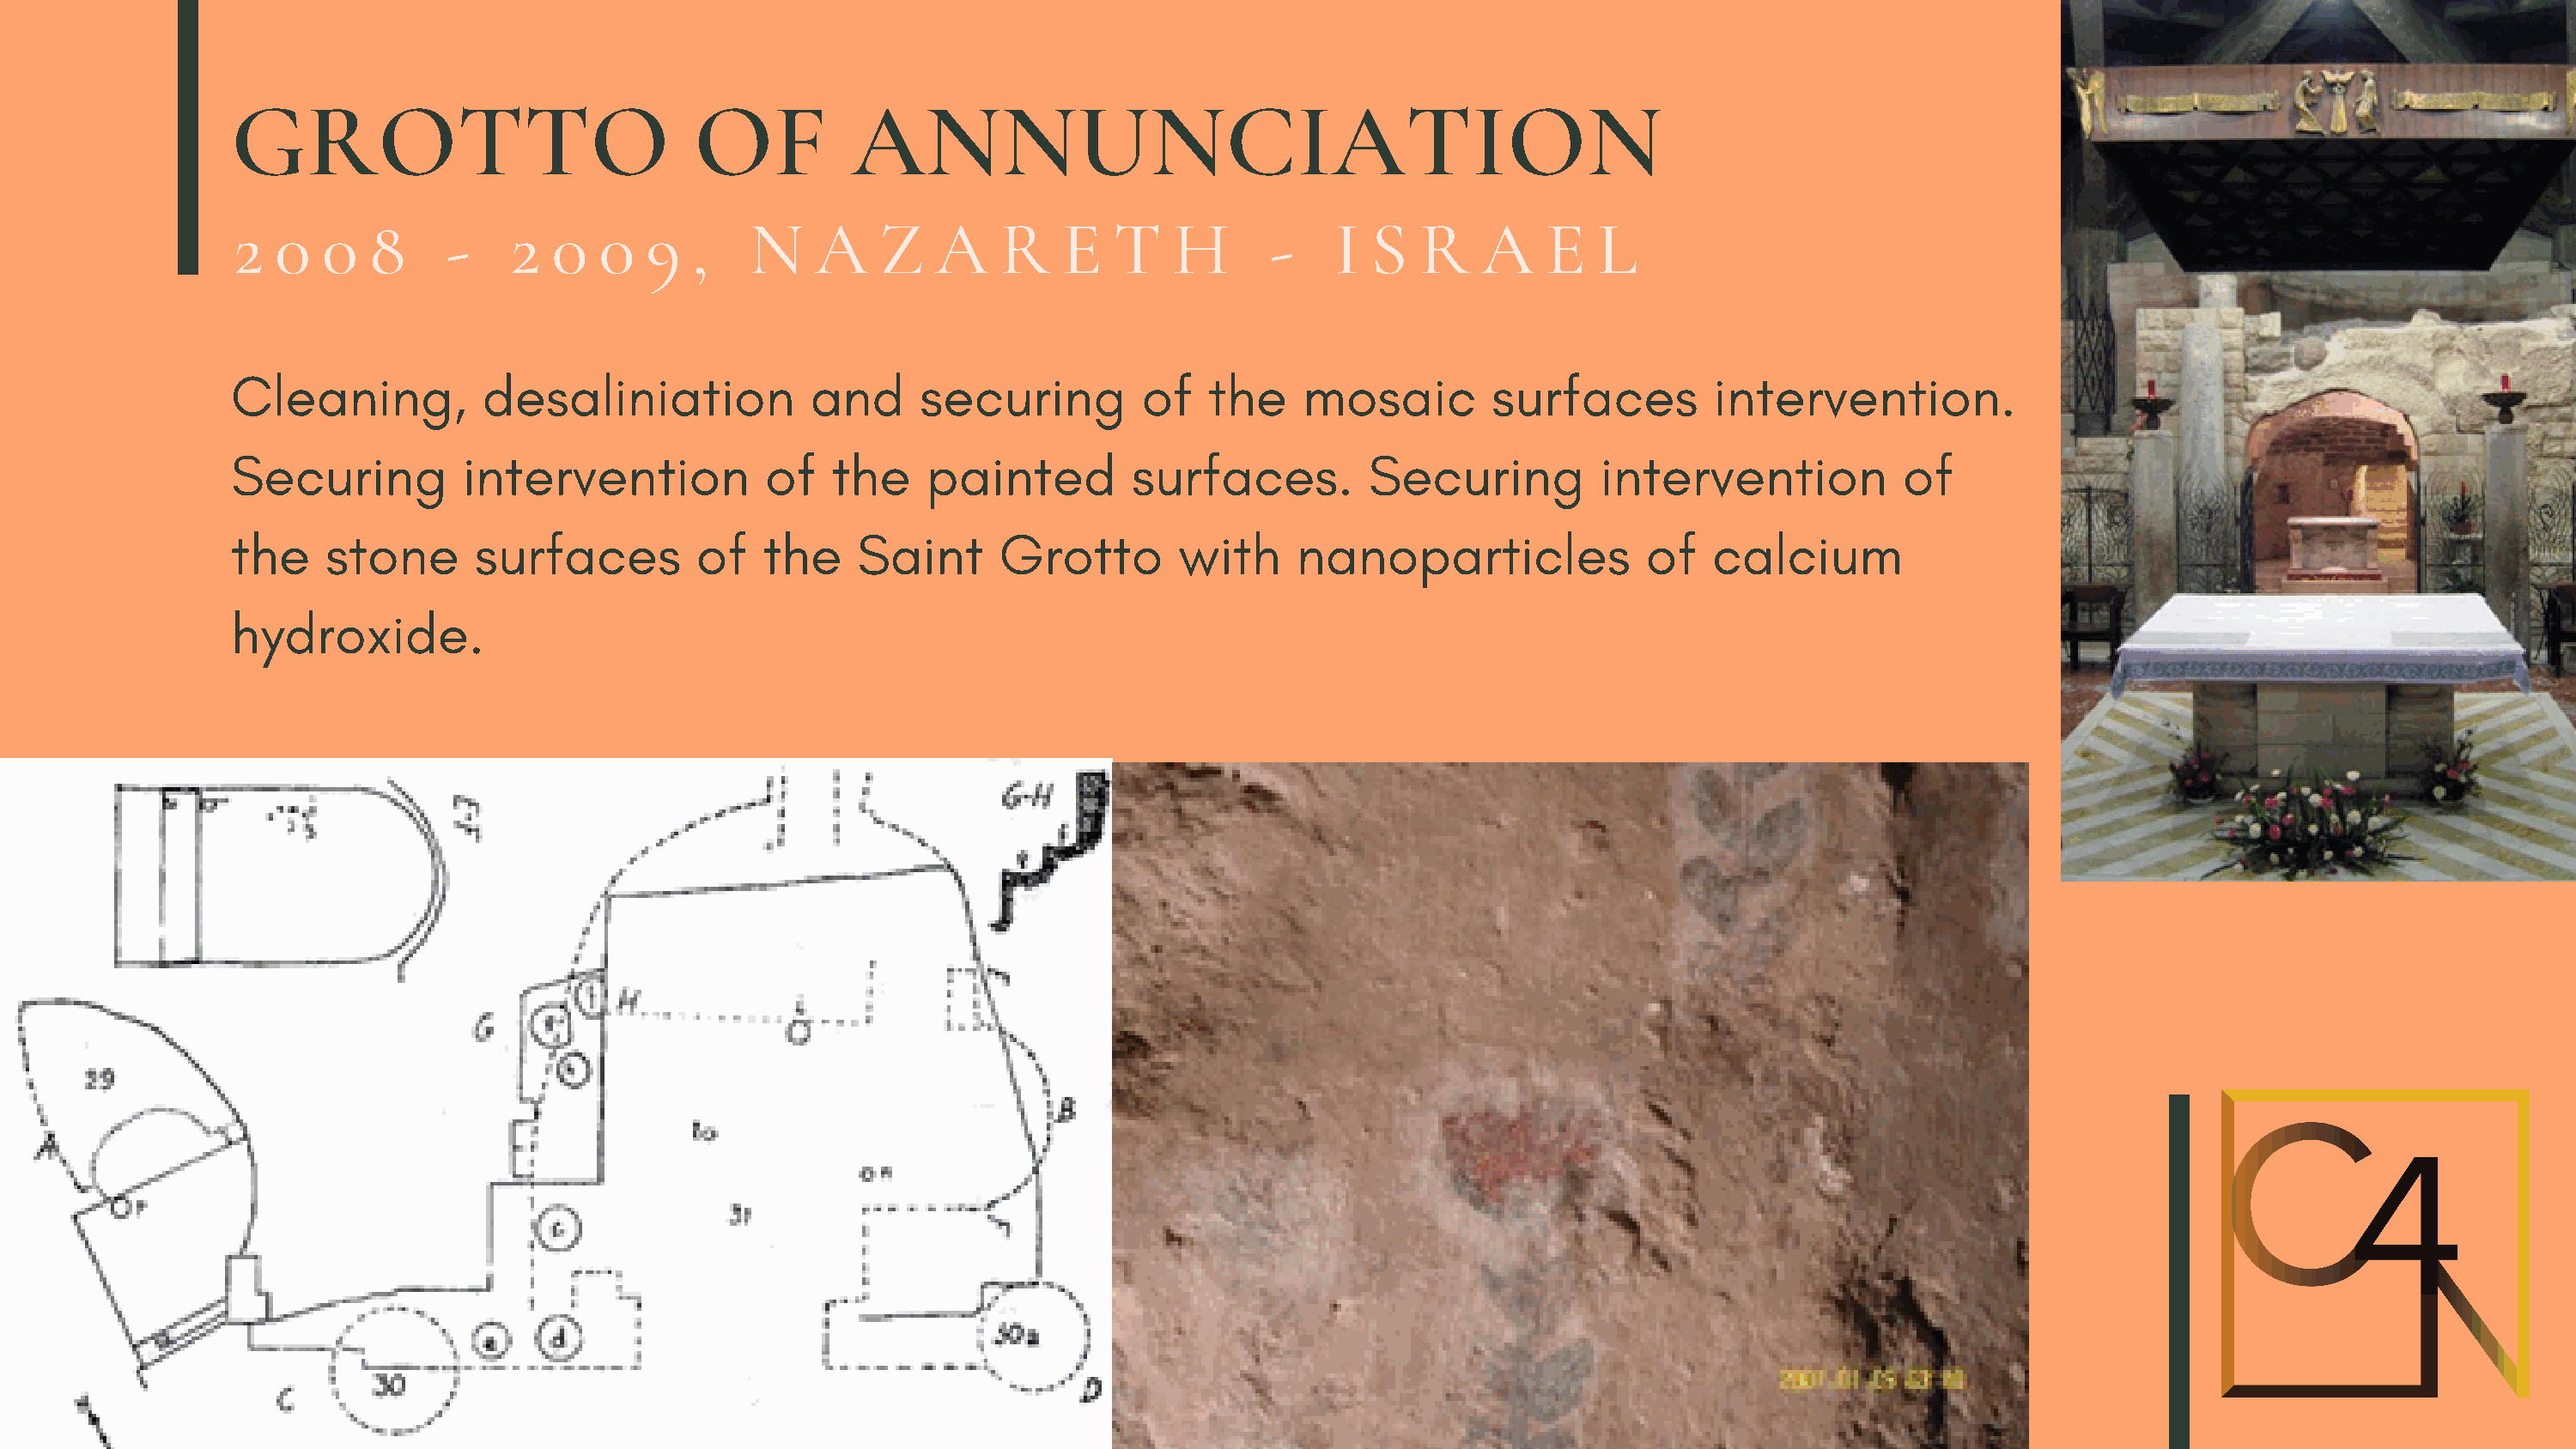
GROTTO                             OF           ANNUNCIATION
 2  0   0  8     -    2   0  0   9  ,    N    A    Z   A    R    E   T   H       -    I  S  R    A    E   L
 Cleaning,          desaliniation            and      securing         of   the    mosaic         surfaces         intervention.
 Securing          intervention           of   the    painted         surfaces.          Securing         intervention            of
 the    stone       surfaces         of   the    Saint      Grotto        with     nanoparticles              of   calcium
 hydroxide.